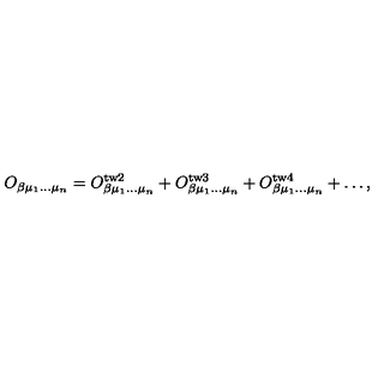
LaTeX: O _ { \beta \mu _ { 1 } \ldots \mu _ { n } } = O _ { \beta \mu _ { 1 } \ldots \mu _ { n } } ^ { \mathrm { t w 2 } } + O _ { \beta \mu _ { 1 } \ldots \mu _ { n } } ^ { \mathrm { t w 3 } } + O _ { \beta \mu _ { 1 } \ldots \mu _ { n } } ^ { \mathrm { t w 4 } } + \ldots ,